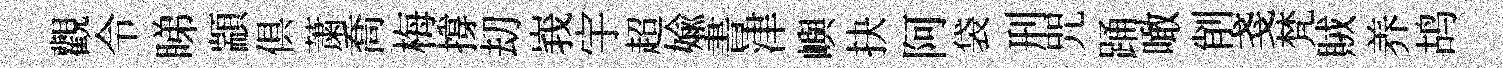
觀令睇顓俱䔥喬梅撐刧峩宇超媮書津嶼抉阿袋刑咒踊噉削戔梵賊养鸪